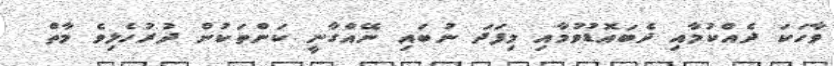
ވާހަކަ ދެއްކުމާއި ދެބައޮޑުވުމާއި މިފަދަ ނުބައި ނޭއްގާނީ ކަންތަކުން ދުރުހެލިވެ މާތް